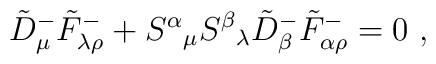
\tilde D^-_\mu \tilde F^-_{\lambda\rho} + S^\alpha{}_\mu S^\beta{}_\lambda\tilde D^-_\beta \tilde F^-_{\alpha\rho} =0 ~ ,